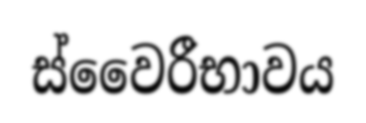
ස්වෛරීභාවය